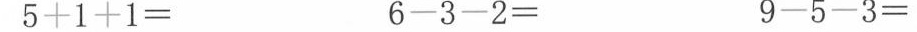
5+1+1= 6-3-2= 9-5-3=